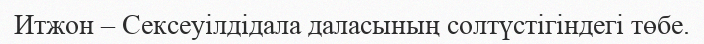
Итжон – Сексеуілдідала даласының солтүстігіндегі төбе.